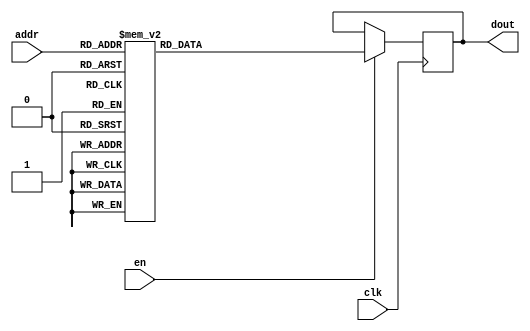
`timescale 1ns / 1ps
/*
Copyright
All right reserved.
Module Name: rom_syn
Author  : Zichuan Liu, Yixing Li and Wenye Liu.
Description:
A synthesized ROM: ROM_DEP x ROM_WID
*/
module EC_1_W_ROM_F_4(
// inputs
clk,
en,
addr,
// outputs
dout
);
localparam ROM_WID = 1152;
localparam ROM_DEP = 32;
localparam ROM_ADDR = 5;
// input definition
input clk;
input en;
input [ROM_ADDR-1:0] addr;
// output definition
output [ROM_WID-1:0] dout;
reg [ROM_WID-1:0] data;
always @(posedge clk)
begin
if (en) begin
case(addr)
		5'd0: data <= 1152'b001001011001111100100010010111001110010100000101010110110100011101100000110000101010111010101111110011001111110100011011010011100101010101000100111011011111010011000111001010000100000100101001111000010010011011100011000111100001111000111001000010111000111000100111111001100010101110001100100011100001110101010000010110011100001111100101111100101111100010001100111110010110011101011111010000111110111100110011010110001000010100001100000110010000110101100110110101001011111111011110000011001010110110011011110001100111001111110000101001110000111010100011101001000100100101101001111000110010100011100111001010010101110010101001100011110101111000110001101011001010010010101100110011110000010001010000011000111110010001000000110001100111111101001100111001010100110100011101001000110100011100100010001011001100111001010001000101010011000111000100110010000110111100101110100111011110110101001111010001100011011101101101111011011011110010100110100011010101000100010111011001011100111011101111110010100100111111101011010011110100111000100001101101000011101000100100101011101101010110011010001111011110000011001000100011011101110011010100111011010100111111000101;
		5'd1: data <= 1152'b111100000001001001010111110100010001100111111010111001010010111100011111111111111011011010101101011100110001000010111001110110101101011110000100101111001010001011110000110010111111101011110000111110000111000111101011100010000011111000010101001000000000100001000001101100100000001000000011100111011010001111110000011101010101000111000011010100000100001010010000001100111011001100011000111110100110100010011101111100010101000111110111101110101111001000110111011011110110100110000101101110111000011010100101111010001101110010000000000001111010001101011000011000111111111011111010001101010010010111101000010010011010011011101001011001001101100001100101001110111010100000001100000001010000010011100001001011110000010011000010001001101010011100011000001100010101100010011111101010011101010010001010011110100100011000011000001110000010100100011011011000101111111011010111110111010010010101101101111101100000111100010010011000000010011000100101000001101110010001111000011000000010001010000111101000010001010101001100011101100011011000000111001001111010000000001110001001011110011001010011001011010110000011000010110001101001111100100001011100011101000100000101;
		5'd2: data <= 1152'b101100111100101000001110101111111001111111111010011100101110101011010111001111000110010101110011100000110011000110100100110001111000011011010010001001100010110010101011101010011100011010101001100100010011000001000000010100000001101100011001101111110001100100010010000100100010011000110010111011101111010000000100010110111101001000011110010100001101000100000111011110011111010100111000001000001001110011101001000111000110010000001000110100110111001000110110100111011110001000110111111010010101100101111111111110010000010111010110011110000000110000100010100111010111010000010110100001011101101001010110001100110110100000011011011110111111101010000001000001111111000000110110111000111000100010000101000101101000100110110110100100111011110001011101011101110101101110010000110111011010111001111100000110111111100001101000100101100001111000001101101110010011111000100000110001100111111010010001011100101101101010100010000110011000100110111000011001110101011000101110001010101000000110111110101101000111111000000110100011111010010010001100100011100110111110000011011011000101111111101110000101101100101110111100100110000011010001001011100101100001110000001110;
		5'd3: data <= 1152'b001110101000010010010011000000011110111011101111100110011100101111100101010110000100111000111000101100111000111011000101000000010101110000111011110010011100011111010001111101000110010100001101000110101001111100010001001011110101110101010001110011111000011010000001100001010011011000101100101101101100100110011010110110011100001100010000010110110111000010101110001011000100000100011100011111101010010000010101000100111100100011000111010010101111010111100101000110000110111001110001110101001010100111110100010110111111111101011101110000010100111010100001001101000100000100101011100100001001111100010010000011110100100110100001110110000100011010000111100001110011111000101100100110100100100100011110111101011110000100010001010110100101000010101110010011010111001100011001011011001010011101110100001101110010000100000011111001001110010011100101100111010101110001001011100100110110101110110110000010110101101000111101010000011111101011000101001011000010010100000011100100101001011100101011100011110101100100000001100011101101011010000001100100110010010100101001101011100100000110010010111111010000001110000000110000010111100010001010001011010100111100011000;
		5'd4: data <= 1152'b101001101010011011101111101101001111011001011011011011111011001110111100000111011010110001110010010011110011100101101001101010111011111111100111101111000011011111110010101111111110010010001011111111110001011100111110000110101100101001110011011000001010000110100001111101101011011010110011111110110111110011000011101111110001111000011101000101001101010110001110011111111101110110110010110101101110010111101110111011101100101011111111111010001011001101010111000111110110110001110001111001000001100000110000101110100011100010011101101110100001110110101000000110111010100110110110010111001001010111011100010100101100111000011010001110001000111110010101100110111111001011110001100000110101101101111100110011111100011011001101101111000111000111000110101100000110110110010010001101110010010100001011111111011010111000111011001111100001001101111110010111110110110001110111110000101000000000101100111111110100110011110111111000110001101011110110101111111010101110010101110111111000011010111100111100000001000100101000010000001101111111111110001111101111111110110111111001010011101000101111101110110101111010011101111100001011010010001000001011001001110010100010;
		5'd5: data <= 1152'b001110100101101001010001110011100001011110100110001000110011110001101010101000011001101110010100011000111110011011111100011000101101111011011010110100001000100001110010111101100010100000011110011010110010010101110000111111010011000110000110101001000011001011011000000000000001000010000001011100100100001110100000000110100111100000010001010010011010101110110001000100101000010000110000101111100101110011011101101001100011001010111111111000111001010010111000111111110000101110111100011000111001011010111000011001111101100010101100101011101011011001010100101010101110100011000101010011010011000101111010010000100010010111011100011100100011100011011000000001000101011111100111001110011110101111100001110010000101000000110101100000101100001010000101000000001011000000001011100111100100010011010001100001100011101010011111111010001011010010111001101111110100101110111000011000110111101000111000111011101000110000001100110000111100001101111100000000101010101011000000011111111010010111101011010110001011011110101100001100000100111000001000000011100100111101100011001110010100101011101000110010000101000000110111001000100000000111111101001101001011000000010110;
		5'd6: data <= 1152'b010000111111111100101010010111101110011100101100010100110010100111000101100010001111001110001110110111001110100101011111101011110010000111110101001010100110110010000111100010010101001001000001111000000100100000000110100110101000010111101111010000011010011111100111010111101010100001010100101101111111010011010100010001010110110111011010000001011000111111101000101110110111011111000111000000111111001010101011111111101110011100000100001100100011110111001111100011011101111111111100000011001110111101110101001001110000001111100011001100100001110010001010110110010001001001001011110000011110101001011101011000001001100011100111010011011011000101110101001111110011000001011111100100110011111010010011000011110100010011011110000101101111111101011011110100111100100111110011001110001110100110101100110110011110111100111110000011000011100111100110110011111000110110100101010001010100100011001111111101110000010111100001001111100100000010101010010110010000111000110111111001100100001011001101110010001000011001001110100011011010000101101011101010111010011011110111101111010111010010001011000101101100101001011101000101011111010111111111110001111001100111100001;
		5'd7: data <= 1152'b010010100111000000001110000011010110101011101011011111001011101001100001010001101111010111110000010100111101011000001110001101000100011001101010011111010010010001000111110010000110000010011110111100000100100000101001111011000101010001011100000011000001000100011110010011000100110100000000010000101000101101111100100110101101100001010001111011110000110000010001100100000010011010010100100111100110010000000010100111001100111011110111011110111011010111011101100010110110111100011010000010010111010000000110100001110000111001010110010001111011110000101011100100110110100010100111110000100110010101111011110111001100011111111001000011101100011100000110011001101101111100101100010011100101000101011010101100100110110001011010111001010101111111010111100010010000111001100111011100100111101000100001001010001100011111101110000100110111110001000000011110000011011111101111000111010100011011001111101101101011011111101100101010010001110011100011101101000101100001110011011010010011001011101011111111110001110100100001011001010001110000100111010001001011000000001100101000111001010101010010000001101010110111000011011111111011100111001001110010010100110110011000;
		5'd8: data <= 1152'b011110011000100100010011010000011100101001101000100011101000010011000010000001010000100001000100110011101000111010011011001000000111010110010001001111100111001110101011111110001000101011100010111000101100001100010100110011001101011010001011100100110110000011000111111101001110011100101100111011101100100110010010110110011110000111101000010011101000111010011010100010011100001111001001010111011001101100000000000000011000000011100100000001100010101010100010100001001000000011000001000111001000100100001011011110010100001110101011001110000100011011001011101111010001000100110111010001001100010000010110001111000101111011001111100010010111001100100011111001111010111000111000101001101100110100011110111001010100010101101000110111001111110100011100111011110100011111111001000000001001100110001010011100011100010001001101100010100101000011000010110000000100110101001010110101001000001111000001001000010011001110101001101011000110100010000010111001000101111111111110011000110000100001111000110001000001110011000011110000110111011100110011111100110011110000001100110010111101010100010010011111001100101100100101100101001111100100001100011010110100011111111101;
		5'd9: data <= 1152'b100110000001101001010001110000010101010101111110101100010010111010001010111000101011001100110001010000100000011011001110011100101101010111101110100000001010010001010100011101111111101111010010101011000001101011101101001000000011011011000010110001100100000110100111000000000010011010101100100111011000001011111110111110101010000001010010011010000100111110010000111100010001001000001101110100110010100010000101101000110000110001101111101111111101000001111110011101110010110001101110000101010010011001011010011000010101111011110000001001111011100101101000110100110111101001011010111101111001010100101001010110011001010110101000000001000101101100101000101101100101001101001000011010110010101010110101000011101001100110101100001100111011110111000110100011101000101101011110101111101001010100100000011011000111110111000001000100101111101011110001110100000110000101010000100001001010100101010011110111010010100000110110011110011100100000110001101011101111000100101111000111011010001100110011101110000101111110000100101010110001111111110010001010111101110110001011001101111110011100111001100001101100101001100011111111111010010001010110110101101010111000100011;
		5'd10: data <= 1152'b010100001000000101100111011000110000000010001000101011001000000101000010010101000001010000001000100100001101000110011011000100010100010111101011001111100110000111000001111111011001001101101101000000000101000001011101000010001000111010010101110110110111100001000111111111110110100100001100010011011100010000010110011010010010010111010000010101011000111100011100100011111110011111111011000010000001000111011110010000110000110000100011111010001010110101110011110100100101011110010010010100111001100000001000000000010000001110101111101010000000000011100100110101010101101011110011111001101100000001001111110011000101111010110101010010001100100100010111111100000111001001001100101110011101110000010101001011010000101101011100100101011111111101011110101000110010110101111000000001001000010111001101011000000000100000000000111111001000001101110011000101001100110011111010010100011011110001001010000011110001010110000101001111110010110011001110000010010101101011010000110001011101100010011110111110111101110011111011010000111101111111110001111101110011100111011100111100011011110101010111001011001000100110011101100101111011111101111100111001101010111111100111;
		5'd11: data <= 1152'b110101001100100110110101101000011111101001001001101011101000001011010101101011011111000011001100011101010100011000111110101000000110010100101011001001100000100110101100010001011001001010110010100101111100011011001100010110110101011101100101110110001111110100000111111010110011111000101001101011010100010101011000110111011101000101000010100101000001001010000110001000010001100101111101100010000000110011000111101001100111111000000111111011101011100011110000001001111100101110110010011101010001111000011000000001110000110010100100010010010000001001010101000111101101010110101011111000010110010110111011011111100001010100111000010110100011101101000011111110110010000000011001111011010100000000010100011111101100100001000010100101000110001100000100001001100101010110110101100010000001110011001001110101000011111100110110101010011110100011110001101001010000000000100010001001010101100000111010000111100101111010001110110100011010010000100101001101001111010010100111111100000000010001101011001110101001011100110000111110100010111101000011100001111010111000100001111011000000000111011010110111101110001101000000110011011000001010000100110010000101101101011101;
		5'd12: data <= 1152'b110001111101100001101100000111000110011110011100011100010010001110000000111100001001011010100011001011101011000100101111000011001000010110011111111001000111100101001101110011111111110000100011111010010111001010110111110101001110011000110101011011100000010000100110101010001110101010001001001011011101101111111110000001010101100111000100000001110101011011100100111101000101100001000100001001110100111111100100011001100000100010001001001111101111001101100000010100100000111111000110100100001011110101010000000001010010001001100000110001101110011000001010100110110111111010010111110100100100001001011100100100001100001101001101100111101010111101111010000000000000001100100011011111101110001101111010110111000001100110100000010000001110001010000001000011111000011000001111001110100101001001010001110010010001001001010010001101010111101000110011101101111101000010011001000010101100001111101110101110000111010001110011010100000100110101000011001011100011010100101110000101111000111100110010101110000100001011000011100011101011101101110110111110110011100001001100011000010110110000110101011010101000000001101110101100100111010101000110001001101100110010110010;
		5'd13: data <= 1152'b011010100011000101000111011001111000111111000111101011011011101100110110010111101100110011000010101000011101011111010010110101001111100000110010000100011100001101010101011110110010000101111001000110111010100111010000111001010010001100010011101101100111100011110001110111000000100010011100000101100011111001010100011101000010101010111101110100000011110100101000101000111010011010101000000101101111101101010000001001010011011110101110001100000101111001011111011110101110011000111000000010110001001111000101001110111111000111000010100001011011000111110111011011000001000101010100110011100110000110111011111110010010101011000010111011111111000010011101010010101000011111100011101101100101010100001000010111011010101000110111011110000001100110101100111011111011011110110000110101111101001011111100001001011111101110111001010100100010001011101000011100010110000101101001111111101101101011101001011110001100010101000010011001110110001011111010110000001001101010110011110000011111000000001110110011011110110010011010011101010101100000000101000100100100101001000011001001000100001111100110111011111111000101010010011101000111001101110101111011010001101100011100;
		5'd14: data <= 1152'b010111001101100001001101111000110010110110101000100000110110100010110000011100000100011110000111010111010001001011110101011100010101111001001100110000001011011111000101001001101110000101001001101010000110001100001110000001110000110100000001111001011000111001010101110011011010111001100001100011100110000100001110111110010010100101000100010011000100111100011000000011001000010100001101010001110010010101001100000001101110010000000111110011101101001101000110110010000111111100100000100101100010111100010000010000111110011011001101111111000010010010011001001111001000001001001001101101000100100000010110010001101011100000010011110110011111101000100000101110110101111001000001110010010100100010010110000011010000001111011010000101110111110110001010100101010101010100110011010110001011010100001000000011001000010110110100000100101001101101110001110000000010000111011111000111000011010101000011010111111001000101110011101110101000010110010010100011000101011100110101011010101100000101010011011110000111101000010001000001010100001010000011011000110101101000000010010110111100111101001000100101110110101011010000000111000011010011111010010011110001110000100010;
		5'd15: data <= 1152'b001111000110100001001001001111000000001001000010011111001111100000110001011010011010001101011110000010011111001001000011111101110001000001111010010101000101101111100001001111000001010101001000001011111010101110100111111111010100001000100111100010001101101011110101010011001010110000111111111101010110111011010101011010010000110001110010001101010010111100111111010000010110110011101100110101010111011110111110011011100100100000001111001011011010010000101000010111100110110100100010110001010010011010010110100001010100101000100100100101101111111001101010000000110110111010110111111100110001110011101100010010001000010100011100000100101000110100001100101100000101011111010100000011100010001010101110100011010010001010110101111010010001110011111110010101101010001101000110011110100100001101011010110110111000100101111000000011010000110011011111100111001111000101011000010011101010011011111001111110100111110101111111001110000101101100100011011101000100000100001100010111001001111110110011011111010100101101011010110110111111100101110111110011110110110000111011010101100101110100011101010100001100110001010000111101000010000100011010011110001111000111110001;
		5'd16: data <= 1152'b000010101101001001010011100011011100111101001000001000011010111100010010101011010000001101010001110110100011110000101000010101111111100111100011100100001000010011100001000001000100100100000000110000111001110100001010100010000101100000110101111110110100001101001111000001111011111010010110101100010101111011101011101100111100000010111111101110100101100011101101001110010011100011010111001110101001100001000111111000101001110011110011101001001001010100001011001010111100001011010011111101011111110101111010110001000111101001111110111000011110111010100101001101000100010100011001001110011010101101100010000011110010100110110001111000111101010000101110111001100010011110111100001011000011101100001101101110011111010000101011111010101111000010010111111111010010001011011011101011001100100100001100011010111101010001000111000010011110101000111000001110111101000010100111101101011010110011000110010010011101101010011011000101010101010010010011001111001001010101111100001101100001001100001000101011111011110001000001111011011100001000101001111101010001011100111001111011110111101000101001101101011111111001001010111011100111111010001111110111011101110011011001;
		5'd17: data <= 1152'b000010000001011110111011110101101000111110000001100011101011010010101100000001000001101011111101110001001010111000010001101100100000000110000001101010100101011110011100101001011101111010111110110010000001000011011100010001001001110001101110000000010010000000100101100011111011111001000001100110101101110111001011111000001100100011001010010111010100110110101110010010101000100111100001000110001001110111010011111101001111101010110101110010011010000111111101111011000001101000110011101110010110111000101001111011100101010110101101000011001010000011000110001011011000111110110100101010100000011010011010101011001101101010101010110010010010001011000001001111110010110001000001000000111111011111011011011010001100101111001000110111111010110100111110110010101000101101111001110111100001100011011011100000110111000111100000101011010011111000111011001011011100101010111000011100110010101100111100001010100101100010110011000011100110001111100011011010001010010110111000100110101000011110010001010000000100001011000110100010010011101001000000101110110101101001010001100000110110010011000010001010001100101010000010100111000101001110001110110001101001001110110001;
		5'd18: data <= 1152'b100011101101100010010000001100100110100101100000000101000000101100110101110010000010111001100101111101000001000111011111110011000000111000001001111111000011011100101001100010110111101010110011001101100001111001100010110100011001101110010101000001100100111000011111111001011011111000110010011010101100111101101101110010110001010110001100001011010000000111000011010101010000010010011111110101111100000110101000000000001111100101000100010100111011001101110000110111001010111011001000110110000111000110000111100001001010001101011101001111000010110011010010100110010101000010110011010111010101001001011100011100011100100100110100001101011001011001000010111001001100110111011011001011100100101101110000101001111011010101100010001000100001011010010101111101100111010000100111111111001100110000101101111011001111000001010101010101100110100010001000001111010101101101000110101011001011110001110001010011101101001111001100011011011110111010010111100101000001010101111110010110000111110111010010100001110010100011110100011101011111011001000001010110100100100001010101111101011011010001010001111010000000011010100010100100110010011000110001001100011111011110000111;
		5'd19: data <= 1152'b110101110100110011110100101111101101001001100101010110011111000111110000000110110110110000001010001100010110011000010111100001000110000111000000000101101000000100111010110110010010011001011000100111111101110111110001010100111101111000111011010011010111101001110001011110010010010001101110001101011000111010110011010010000101011001110010101000100100010010111001001101101100100010110010011101001001110001010011111001001000100011100000101000100101100101110011101001010000000101001001101011000001100110010011110111001010101001111011011010001000111111010011100111001101000101010101100011101001101100110111101011010011101010100111000111001010011110010110110000011011011011100101001111101110001110001001100000001111010000110001111010010101111000010000100111101101111100111101010100110010001100100010100000011100001010001111111010011010110100000010110000111001111100110001010101110001100100011010000010110111011110111101100011010111110000011101101000101011110111110001001101000011010111101000110001101010100010110111111000110001110000111011111000110111000000000001001100110110010011010011000011000100001110110101000100101111001111110010011010010110010110111000;
		5'd20: data <= 1152'b110101011100000000000001000010001010110010100001011110010111000000000001100101010100100010111111000100010010001110000101001010010001001011011010001101101010110001011001110011000001001110111110110010100111000110000010110000000101101000111110001000100011101110010101111011001010101001101011001000001000001111101101011100001101100110010010010110001010101110010111000100001100011000001001011100010011101101000001100001001100010110100100101101110100111000001011100100101001011010011101000011000000000011100000001100111101111111000101101111011011010001011000101010110000110110110010110101000001110111001010011000000110111011001110100011101010100101001010001110011100001001010010000011011101001001100110001011111101011111111010111001100001111111011101001111100111000011100111010100100100100101011101111011000001000011101110001001010010000000110000011100000001110111000100010111110000011000101011001001000000100001010110010110001000011011000101100000100100010101111110111000011011001001001011110110011011110100101011001101100011100000100101001001111111100001100110001000000010111000101100001001010100100001010110100011101010111001111101011001001000110000000100;
		5'd21: data <= 1152'b101010101100001011011010010111111111111010111001011000010011111011010111101111011101000100111111011110011110101111101111111011111000101011010010010111111100110000010111100100101010111000111110011000100111000110110010010100001111001011101110001011100011001011011100111011010010000000000001001000111000011011101000101000000100101001000001100111000110101010000101100100101000110000001011111101100111111111010001100111100101010111011110111100110011011000000111101111101011010100101101011111110110011100101100111001101100101011000110000111011010111011010000101010110000100111110100111100010011110101111010011010000011011011010111111111100011000000111000111100011100111111110100000011101010001100101010111011101111001100010000111010110101001011000101001000110101000010000111111111111011100011010101011011100001101111100111101110101110000000111011001001011111000111000101001111110100011010100001001101001100110010010000010101101010001100111010110000110110001001111010011100011011000111100001110000011011011101111000001001100011100110001011001001111100010001000110011011100000111011001001001000100101000011010110100011110011001001110101001011101110100000001111;
		5'd22: data <= 1152'b101011101101111001001000010110000101000111011100000111110001111110011000111100110101100111010001111010100111111000101010010001100100111001100011110111110100010100001010000000111110111011000010110001111101010011001100000011110001011001011010001100010100110100101000001110110011111001101001110001110100100010010110110001100101010001001010101101011101100011011011100001011101001111010101100011101101101001010111011011101111001111011110100100110001111011111010011100001000011111000100111001000111111011101010101100100101111001101110110000010100010111101110000101110110000101001110111100011010111001100101101011110010011111110010011010111001111000101010000000000100011110110011101110010110101110101001100000101100011001100100001010101111101001101000101111000011000111010110100010101100000100000110001100111101101001001011100010101011000011000010010110000111101011111000101101000000111010110100011000100101100000011001110011010100100110000101001001101001000001101100110101111000101010010101100011110000110000000010010010110100010100011000000001001101000110000111101000000000001111101001100011101101010000100111111010100011100011000011010011010011101010011111;
		5'd23: data <= 1152'b000010000010001101011110100000111000100011001111011010101011001100000011110001100001100010110000010110110110111100001010011110010100000111110111001010001101110010100000110001110001101010101100100101111010110111011001011011101000100000100111000000010110010101010011010010110011100011001011110000011011110001110101000101101000100111010011000101111010010101010011100000101010011000101001000010001011100101001011001000110100010100000011011010011111111101110011011000000000101010000111000001010010110000010010000111110010000111100011001011100001100010101100010110110001101011111101110001011111000101011100111101011111111000000111011010111111100001010011010110001011100110001110101000011010110001110101001001000010000011010011100001011001010101010011111000101100010000100000000011000010100111001101011010110000111100001011101000001110000101110011000000000100010000011010000101010111110011001000000111110001101110100111000011010110110101001111110000011111111011011011000000000000010100111011011010111010110010101111011100110001110111010010110111000001011001000110000000111000011000000100001000100000001001010010110101001101110001011011010100100000110100000001;
		5'd24: data <= 1152'b110111010011011110111010011000110010010001111100101001010010101110011000000100110010001011101010110000100001110011011011110111111111011010001101101010010000111010001100001101000100010100110011111011111011011101110010010001010010000011110001100010000100111000000011011000101010011101111000110011100100001101111110100101011100101001110111011110101001101111100101101011100010110010000110000010100100011110101110101001111101110001011011011110101001111111000101010100101111110100001000110001010011111001100110010100010010101000111100110100011110111010011101001110100000000111101111101001110011011100100000010011110101110011111011011000001111110100111101001111011100000111000110100000010011011010100001010110011010000101000011111000110111111100000000011000100100010111111001110101001010110011001000000000111010010101110110101110000101001000111110111100010111101100110101101110010001011011100101111010001101001001001000000101000100001111011000011000010111110011000111010010001001101001111100101001011010011000001111100001010000000000011001110100010101011001111010110110000001001100011110111111010010111110011001011101100101100010101101001011111010010001000001;
		5'd25: data <= 1152'b111000011001001101000011001100011011110001101111100100111100111100111111001001010011110001001011101110101000110111010110001110001100000000000010010110000001100111011000000110011001100111110110101010111011000011111111100100001100111011101100101010000000001101111000100110101000000011001110101111111000011010010011010011110001111001110001101101001100011111011100001010001110100010110110101101001011100010101101011100011011010101111101110101111110100110111000001000010001110110100111001010111001100111110111111100001011111000001111110110000000101101100001000110110111100100110111011111111000111110101000011110010101101101011000000011101100101010001010111111000001011001111100011011000000100100010000111111101101101001000001010000110111110111101101001110000110111010011101110001110000011101111100010011110111000100100111011111101010101101111100110100100100010111001110111010011101001110111101011000001100111101001100110110110101001100000011001110100110000100111100110111000001011010110000101101000100101100010001101111000000101000000111111101110011111000111101111010100101100110011000101101101100000100001000110111101110000011001011010010010010110100011111;
		5'd26: data <= 1152'b110110111000010100101110100010010111110001011011101011001001001011011010010110001111011100100010111000111100111001100000110000100011000111100100100100011001110001110011000111101011000101100100101111101000100110100011101010111100100100000110010001010110000011100011111001110101111110111001001111100111101111111011111111101110111111101000001111110100101001101010111001101110010011111011110001111001010001111100001110000100111011011001110110101111000011100001011110000110011111100000101101110100110001110001100010000101010000011100010100011001010000110001101111001111000100000100010100001010000110110110001111010110110011000000001011011010001111100111000001110111010000110010101101001011101111111011100110111111110101001000101111111010000000001011000101010000000111011011110111111000001101101100001110111001111001011001100110001101000011000101000111011111100101110010111000010010110101110000110010110101001110101000101110001100011010010001001101000100110100000001011100100011011111110011000011110010110011110000101000011000011011111110001110010001111001111001111000101001010110111101111100110110011100011011101010110101100010101011000010010100000011011011;
		5'd27: data <= 1152'b111111000101110010010101001000110101101011110010101011101111100010111010001101111100100101000000001100111000011010110010001100001111110011011110100001001111011001010111111101111110110101111010100011111111001110010100101101011111000101110010111111000111110010011010010011000100101110000110011110111010011101100000001010100111000110110111000000111110011100110101011100100011011000101110110111100000110010010100101000110101001011001011111000101011000000111001001101110000101110000000101010111100001000110000011010001101110001100111001101100111011000011111110000111010101000110100000110000111001000010100110100101011010111111110111101001111010111011000000000101000101110100110001110101000001110101010110001000111001100111111010100101001101011110101101100001011110000100000111111100101010001010001100001100001001010001110011010010010110010111000101101111100001010101101011110111100111010111110001010001000001001010010001111110111001101010111101110100110011101000110110111001111001110010110111000010011011111011110011101101111001011001000000010001100001110000010011110111000111010101101001001100101111100110011000100100011111001110011101111101011001000100000;
		5'd28: data <= 1152'b011111000010001101000001110100010110001110110100100000010101100010011001111010101101110011101001000000011000011101001011110110011011110000111001010110010001011100100111111111101110010101101001000101101110101110110110111101110101001100110000000010101101001000100100101100000110100000000011011000111110111010100101011010110000011011001000100001110011010100110110001100000101101011011110010100010101011111100110011010111110110011101001010101101010110011000011000111111000100111000000110011010000001010001110001111010101000101110111101111100000111011110000110101011000111011000010111000100100111111011100110000011101010100100110100101101010010101010001101111110011011000001101100100101010010011001100110000110100000001000111000100001000010000010111001001001001001001000101100000110100010011011111101111000111111010000011011111101001011001110111101011011100111100000010101000000001101000101110111000100000001011000100110010111000110010101110100100110111111010010100111110011110100111001010100000001010010100110110001101101010101000010001010010101110001111000100101001101000000101111010100101101110101110100100110010011001011011001101101001100010111000100111;
		5'd29: data <= 1152'b111111000001110110000100011001100100010001010110110011001001101000111010000011011101100010000111110100010101000001010010000011011010010010011010100011111111001100101100000100111101101011000011000100000001000101010001111100101001101111100001010100110100110000000001100000111010010001000001100101000011000011011111110001111001011001000000100101001000011010011100000000001111100100000100101011001000011110001100011101110011110000110011111011001011100000111111100001011111000011010001110100011001010010011010000111111000000010010000001111111111001110011001010010001000101010001101000100110110110001010011011111001110101100001101111110010111100111110101000100010011000000010011111101011111110110010101000010101100001011000010100111010010100000001100110001111101101101111000001010100100001011000011110111011101111000100010001101011111111000101011101111111100101000111010100100010010100010111100101011111010100010010000000101011101011011111011110010101110101010000110100010111011111000011010111110001111111011101110001110010110011000010010100110010101111100000011100010110111101011100111101010011100111111010110100101001111110101011111100000101011101001110011;
		5'd30: data <= 1152'b000001010001110110101100001001101010010011000110111100011101101101110000011110000100011011000011101000011111010001010001000011000000100010101001010111100100010011001100111010111010101001101111010010110010010100000100111101000110111101110101000010110001101011011000101100110001101001001001100100101010111010110101001001101000101111110011100100101011110101111110000100101100101001110010000001011001110100101110010001000010101011010001101010101111001111110000010110000000110111010110100101011111110001010001010001011101100010101011010110111101010011110001100001101101011100101101010010101100010110010001001101000100111001010100100010010101001011011011110110100011110010001011001101011010110000011001101101100101101010101111110110111010110001110111111001101010000011100011010111111000111111101010000001000010101011000001111010100011001101100000000101000000100100101001110100001001100110111001000011001001111110110100001110110100000010100010010001011000110100100011010000000010010010010001111101011100011001110011000000010000001101011011010110000000101111101010001111101000101100110001011000101101001100110111100000110100110101110001011000100110010000101010;
		5'd31: data <= 1152'b110110000011001001010101110000111111101011101001001001011010010011111010001101001001001001000100011101101100011110110011001100000101000011101001010111001010101110001011111000000001011010001000100110110001110110000001101101000011011111000110100100100011000101001001110100110011001001001110111100011111110110010101100111101000111010001011000110100010010001100110010001101001010101110011110001111100000011100101001100100111111011000001010111001101000101110111011100000100111100001010101101011110100101110000000001011100011011100000101001111010110010000111100001010101110011111011011110000101000001001101010110111001000101110001001100110000110110101010111011101100001110111110101111101000010101011111100101111111110110011100010011101000001111110001111100000010101111001111000100100011010101001010100111101011001010100000000101010110110101110101101101011001101110110011110100110111001101111101111111110000010100111101110010000110110011010011000011000101010001001010100010000101000010000111110111100001110011100111010010110011111010100101010011011010000001011100101001111011010011011101010000000010100111001000000001111000011110100100011000101110101101001101;
		endcase
		end
	end
	assign dout = data;
endmodule